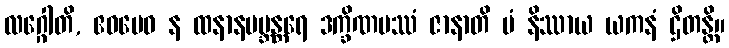
လဂ္ဂေါတိ, ဧဝမေဝ န ထနာနမဗ္ဘန္တရေ ဒက္ခိဏပဿံ ဇာနာတိ မံ နိဿာယ ယကနံ ဌိတန္တိ။